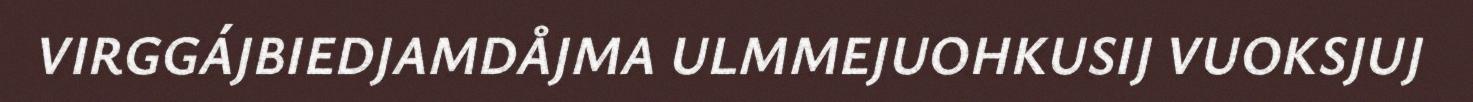
VIRGGÁJBIEDJAMDÅJMA ULMMEJUOHKUSIJ VUOKSJUJ